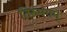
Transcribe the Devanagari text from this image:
तिरुमंगम्‌